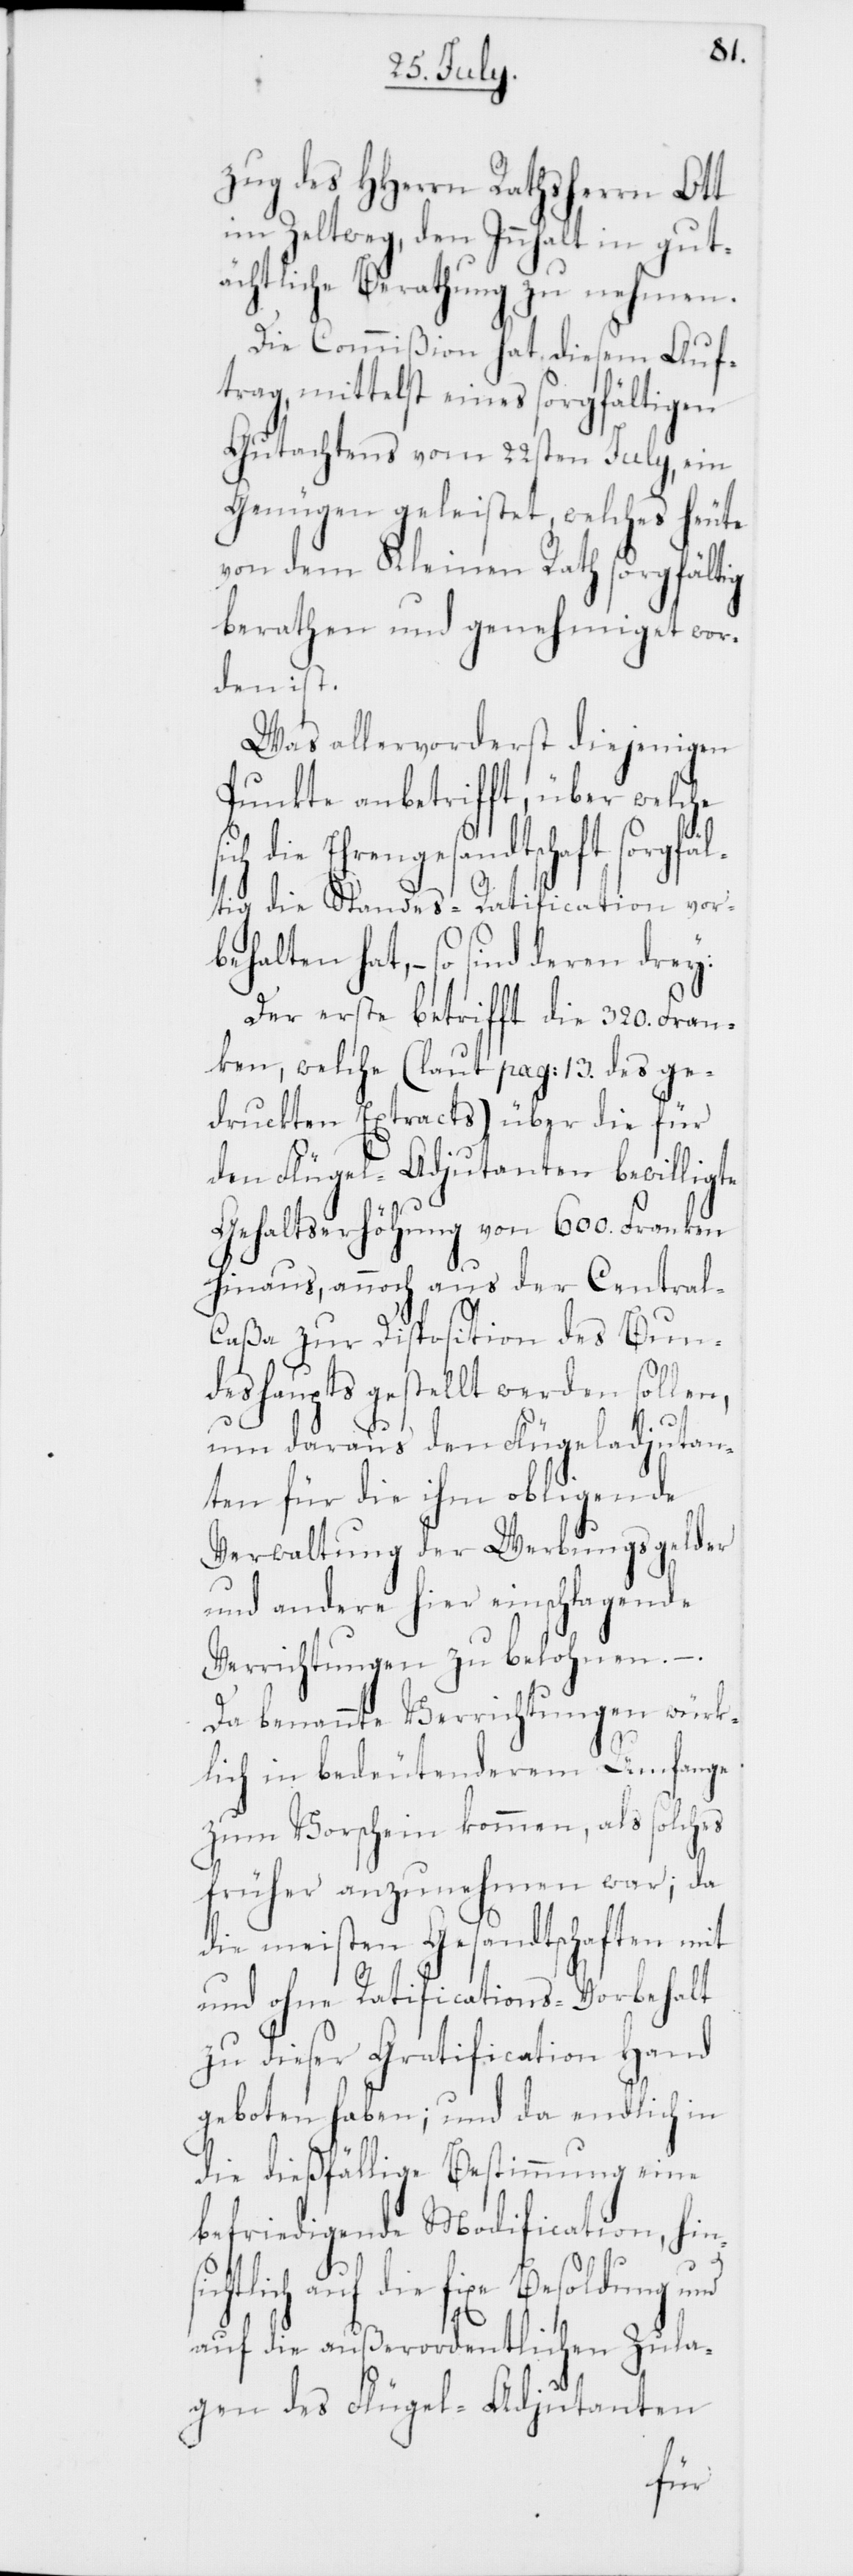
zug des HHerrn Rathsherrn Ott
im Zeltweg, den Innhalt in gut¬
ächtliche Berathung zu nehmen.
Die Commißion hat diesem Auf¬
trag, mittelst eines sorgfältigen
Gutachtens vom 22sten Julii, ein
Genügen geleistet, welches heu¬
von dem Kleinen Rath sorgfältig
berathen und genehmiget wor¬
den ist.
Was allervorderst diejenigen
Punkte anbetrifft, über welche
sichtlich auf
ltig die Standes-Ratification vor¬
behalten hat, – so sind deren drey:
Der erste betrifft die 320. Fran¬
ken, welche (laut pag: 13. des ge¬
druckten Extracts) über die für
den Flügel-Adjutanten bewilligte
Gehaltserhöhung von 600.
hinaus, annoch aus der Central-C¬
aßa zur Disposition des Bun¬
deshaupts gestellt werden sollen,
te
um daraus den Flügeladjutan¬
ten für die ihm obligende
Verwaltung der Werbungsgelder
und andere hier einschlagende
Verrichtungen zu belohnen. – .
Da benannte Verrichtungen würk¬
fange
lich in bedeutenderem Um¬
zum Vorschein kommen, als solches
früher anzunehmen war; da
die meisten Gesandtschaften mit
und ohne Ratifications-Vorbehalt
zu dieser Gratification Hand
geboten haben; und da endlich in
die dießfällige Bestimmung eine
befriedigende Modification, hin¬
die fixe Besoldung und
auf die außerordentlichen Zula¬
gen des Flügel-Adjutanten
fä¬